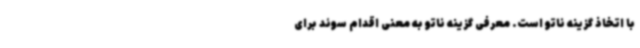
با اتخاذ گزینه ناتو است. معرفی گزینه ناتو به معنی اقدام سوئد برای